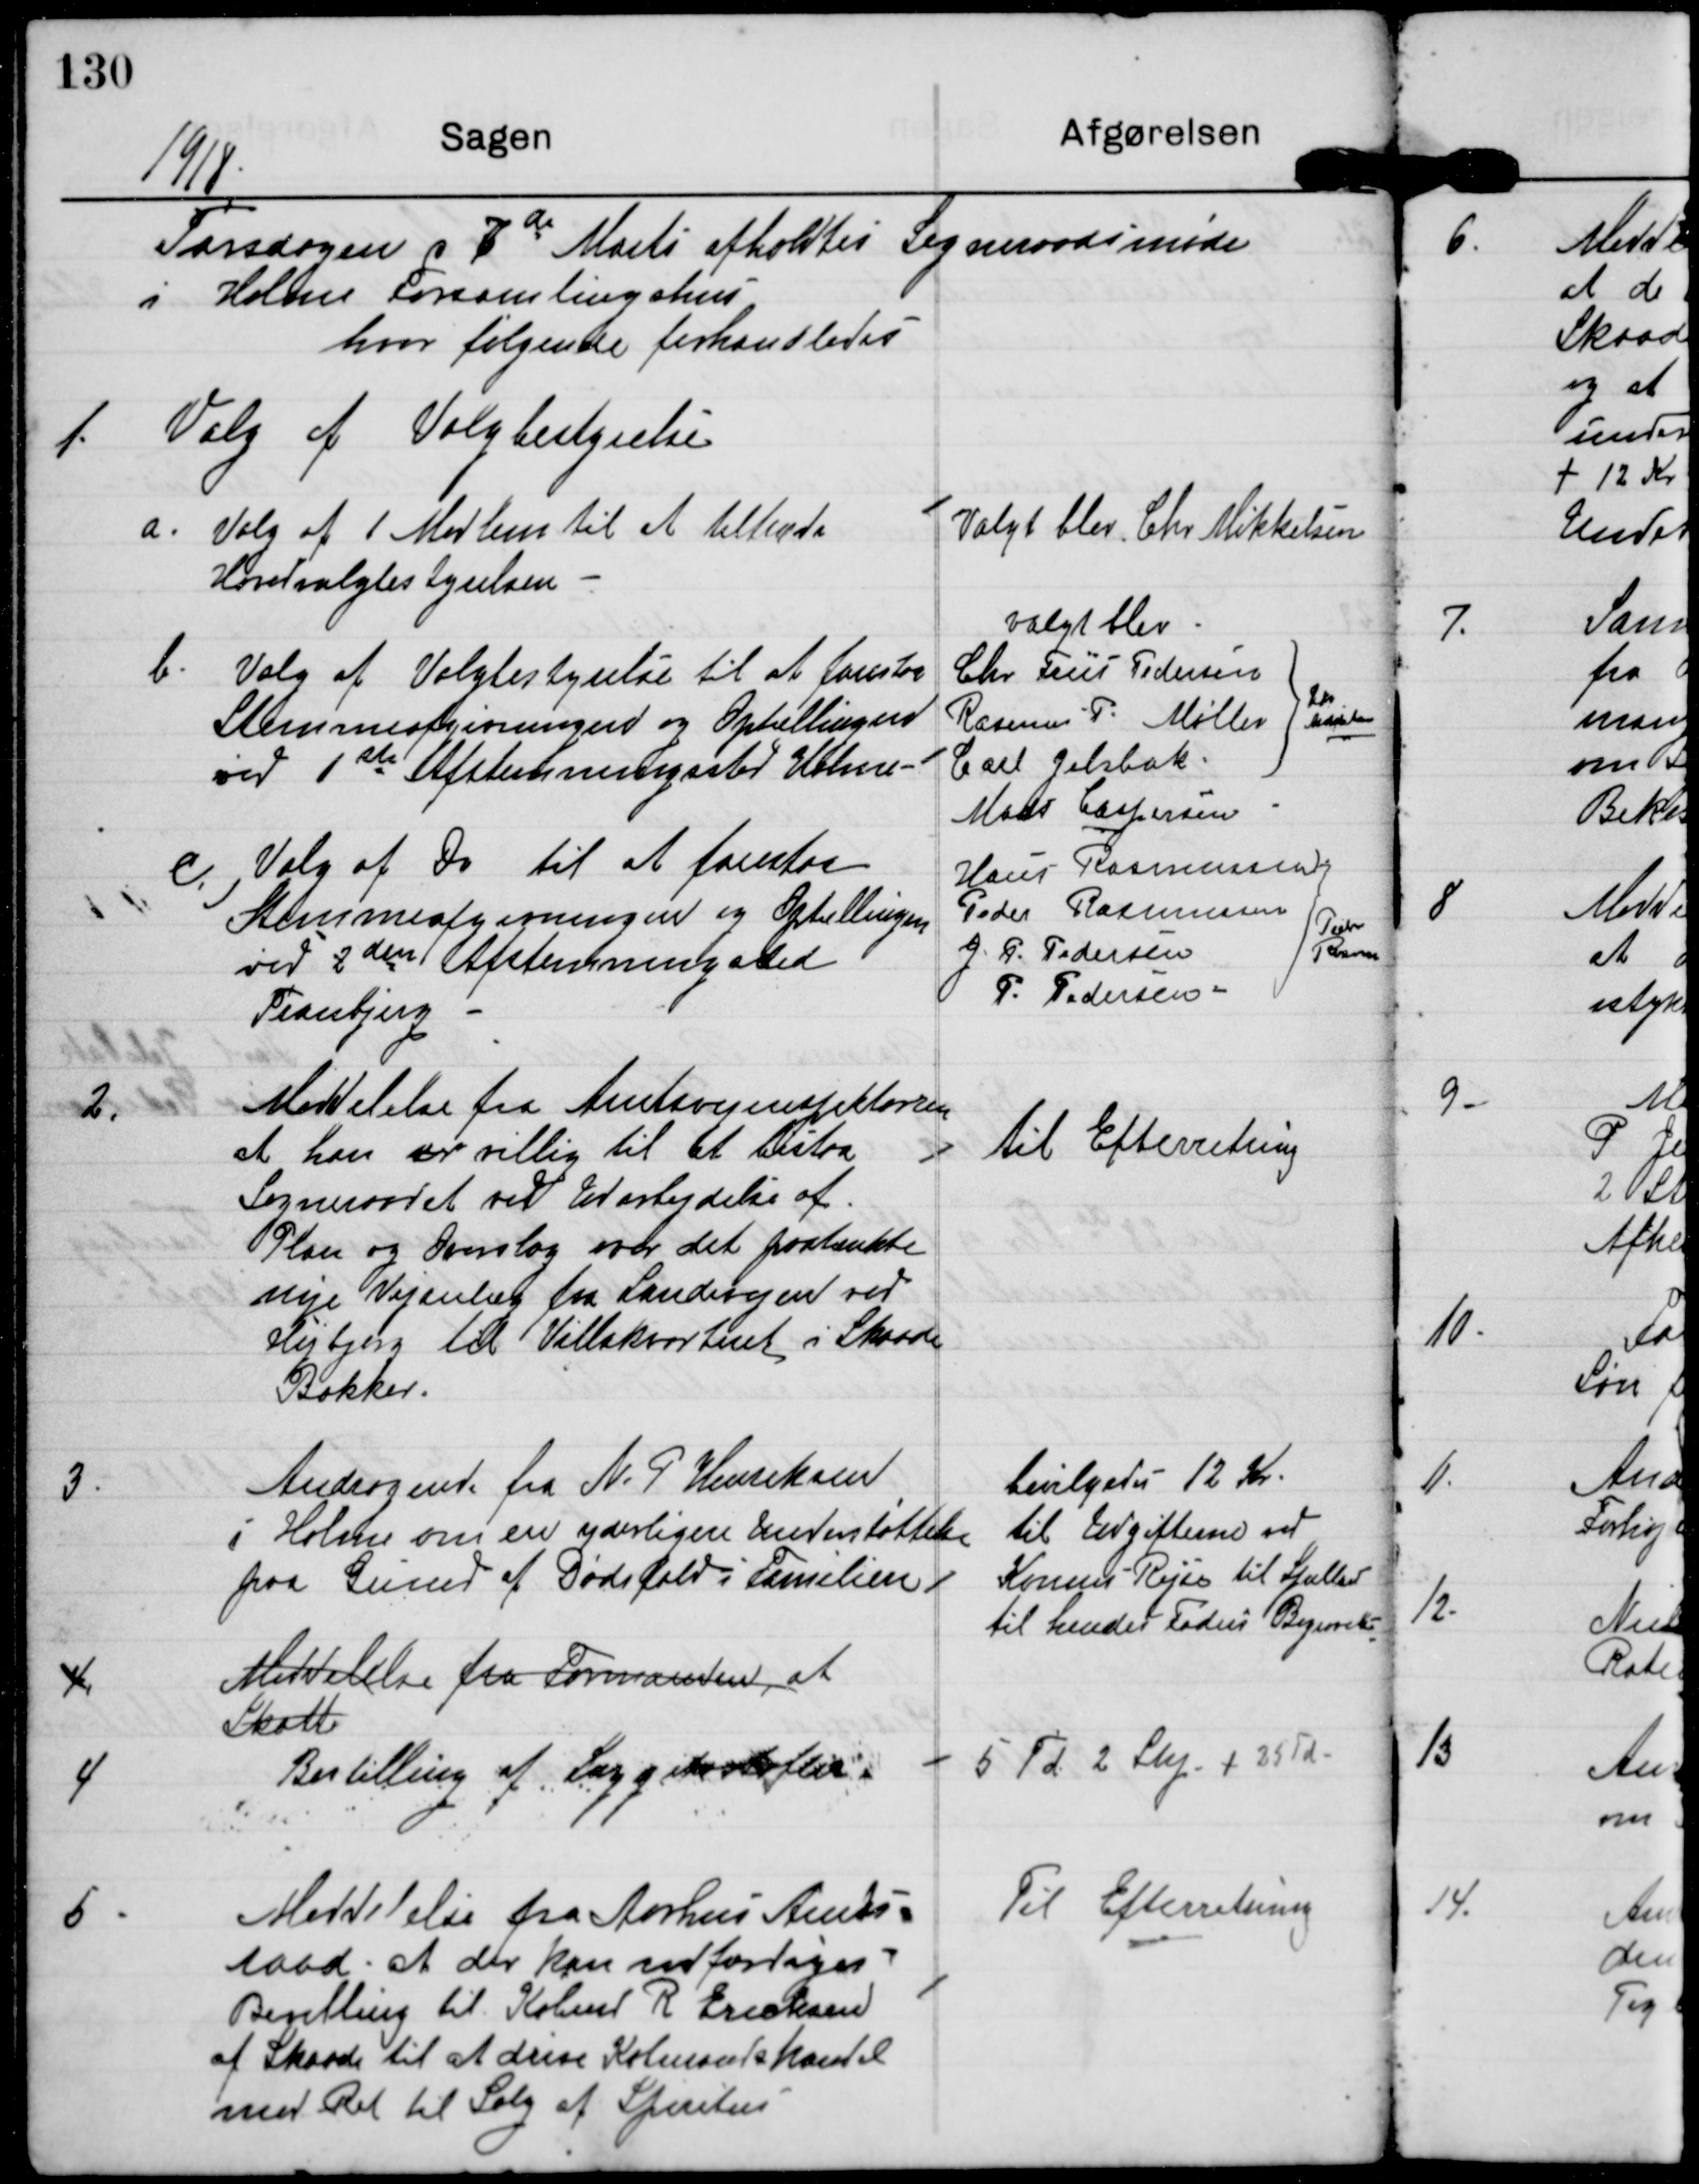
Transskription:
1918

Torsdagen d 7de Marts afholdtes Sogneraadsmøde
i Holme Forsamlingshus
hvor følgende forhandledes

1.

Valg af Valgbestyrelse
a. Valg af 1 Medlem til at tiltræde
Hovedvalgbestyrelsen

Valgt blev Chr Mikkelsen

b. Valg af Valgbestyrelse til at forestaa
Stemmeafgivningen og Optællingen
ved 1ste Afstemningssted Holme

c. Valg af Do til at forestaa
Stemmeafgivningen og Optællingen
ved 2den Afstemningsted
Tranbjerg.

2.

Meddelelse fra Amtsvejinspektøren
at han er villig til at bistaa
Sogneraadet ved Udarbejdelse af
Plan og Overslag over det paatænkte
nye Vejanlæg fra Landevejen ved
Højbjerg til Villakvarteret i Skaade
Bakker

til Efterretning

3.

Andragende fra N. P. Henriksen
i Holme om en yderligere Understøttelse
paa Grund af Dødsfald i Familien.

bevilgedes 12 Kr.
til Udgifterne ved
Konens Rejse til Sjælland
til hendes Faders Begravelse.

4.

Meddelelse fra Formanden, at
Skatte

4

Bestilling af Læggekartofler

5 Td 2 Skp / 25 Td.

5.

Meddelelse fra Aarhus Amts-
raad at der kan udfærdiges
Bevilling til Købmd R Erichsen
af Skaade til at drive Købmandshandel
med Ret til Salg af Spiritus.

Til Efterretning